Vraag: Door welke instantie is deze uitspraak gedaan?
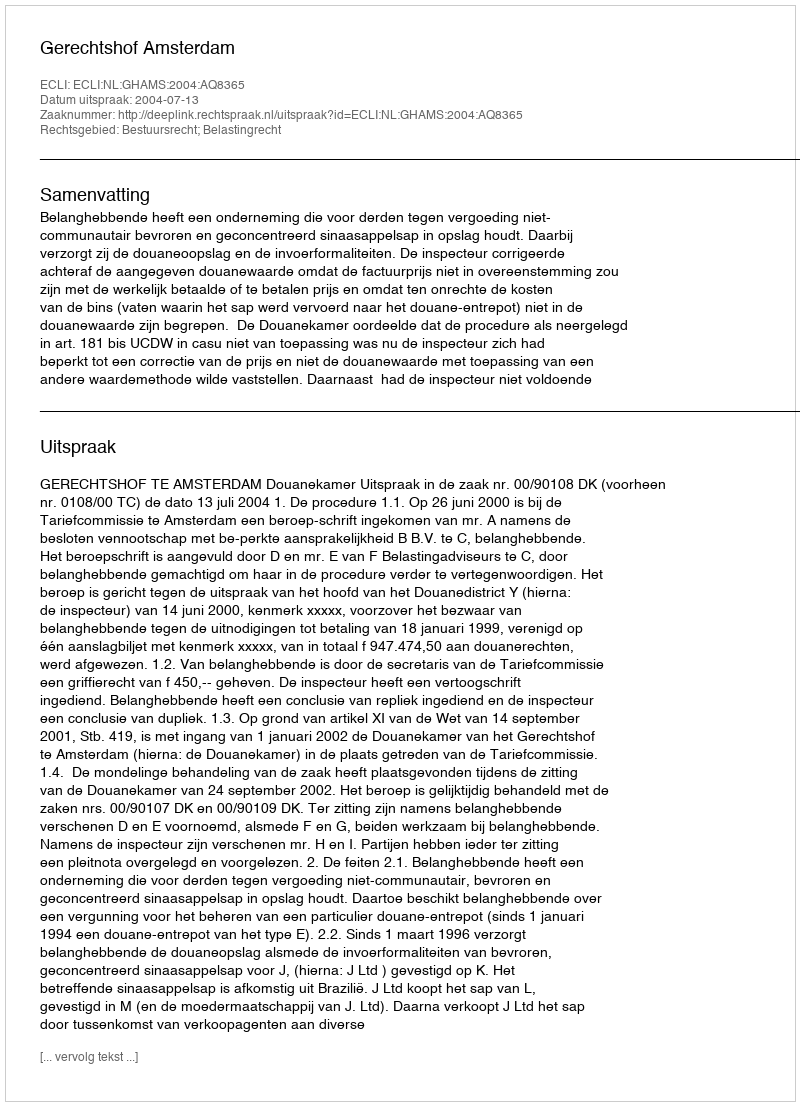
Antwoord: Gerechtshof Amsterdam